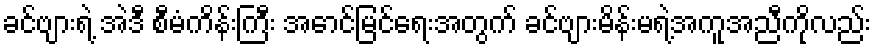
ခင်ဗျားရဲ့ အဲဒီ စီမံကိန်းကြီး အောင်မြင်ရေးအတွက် ခင်ဗျားမိန်းမရဲ့အကူအညီကိုလည်း